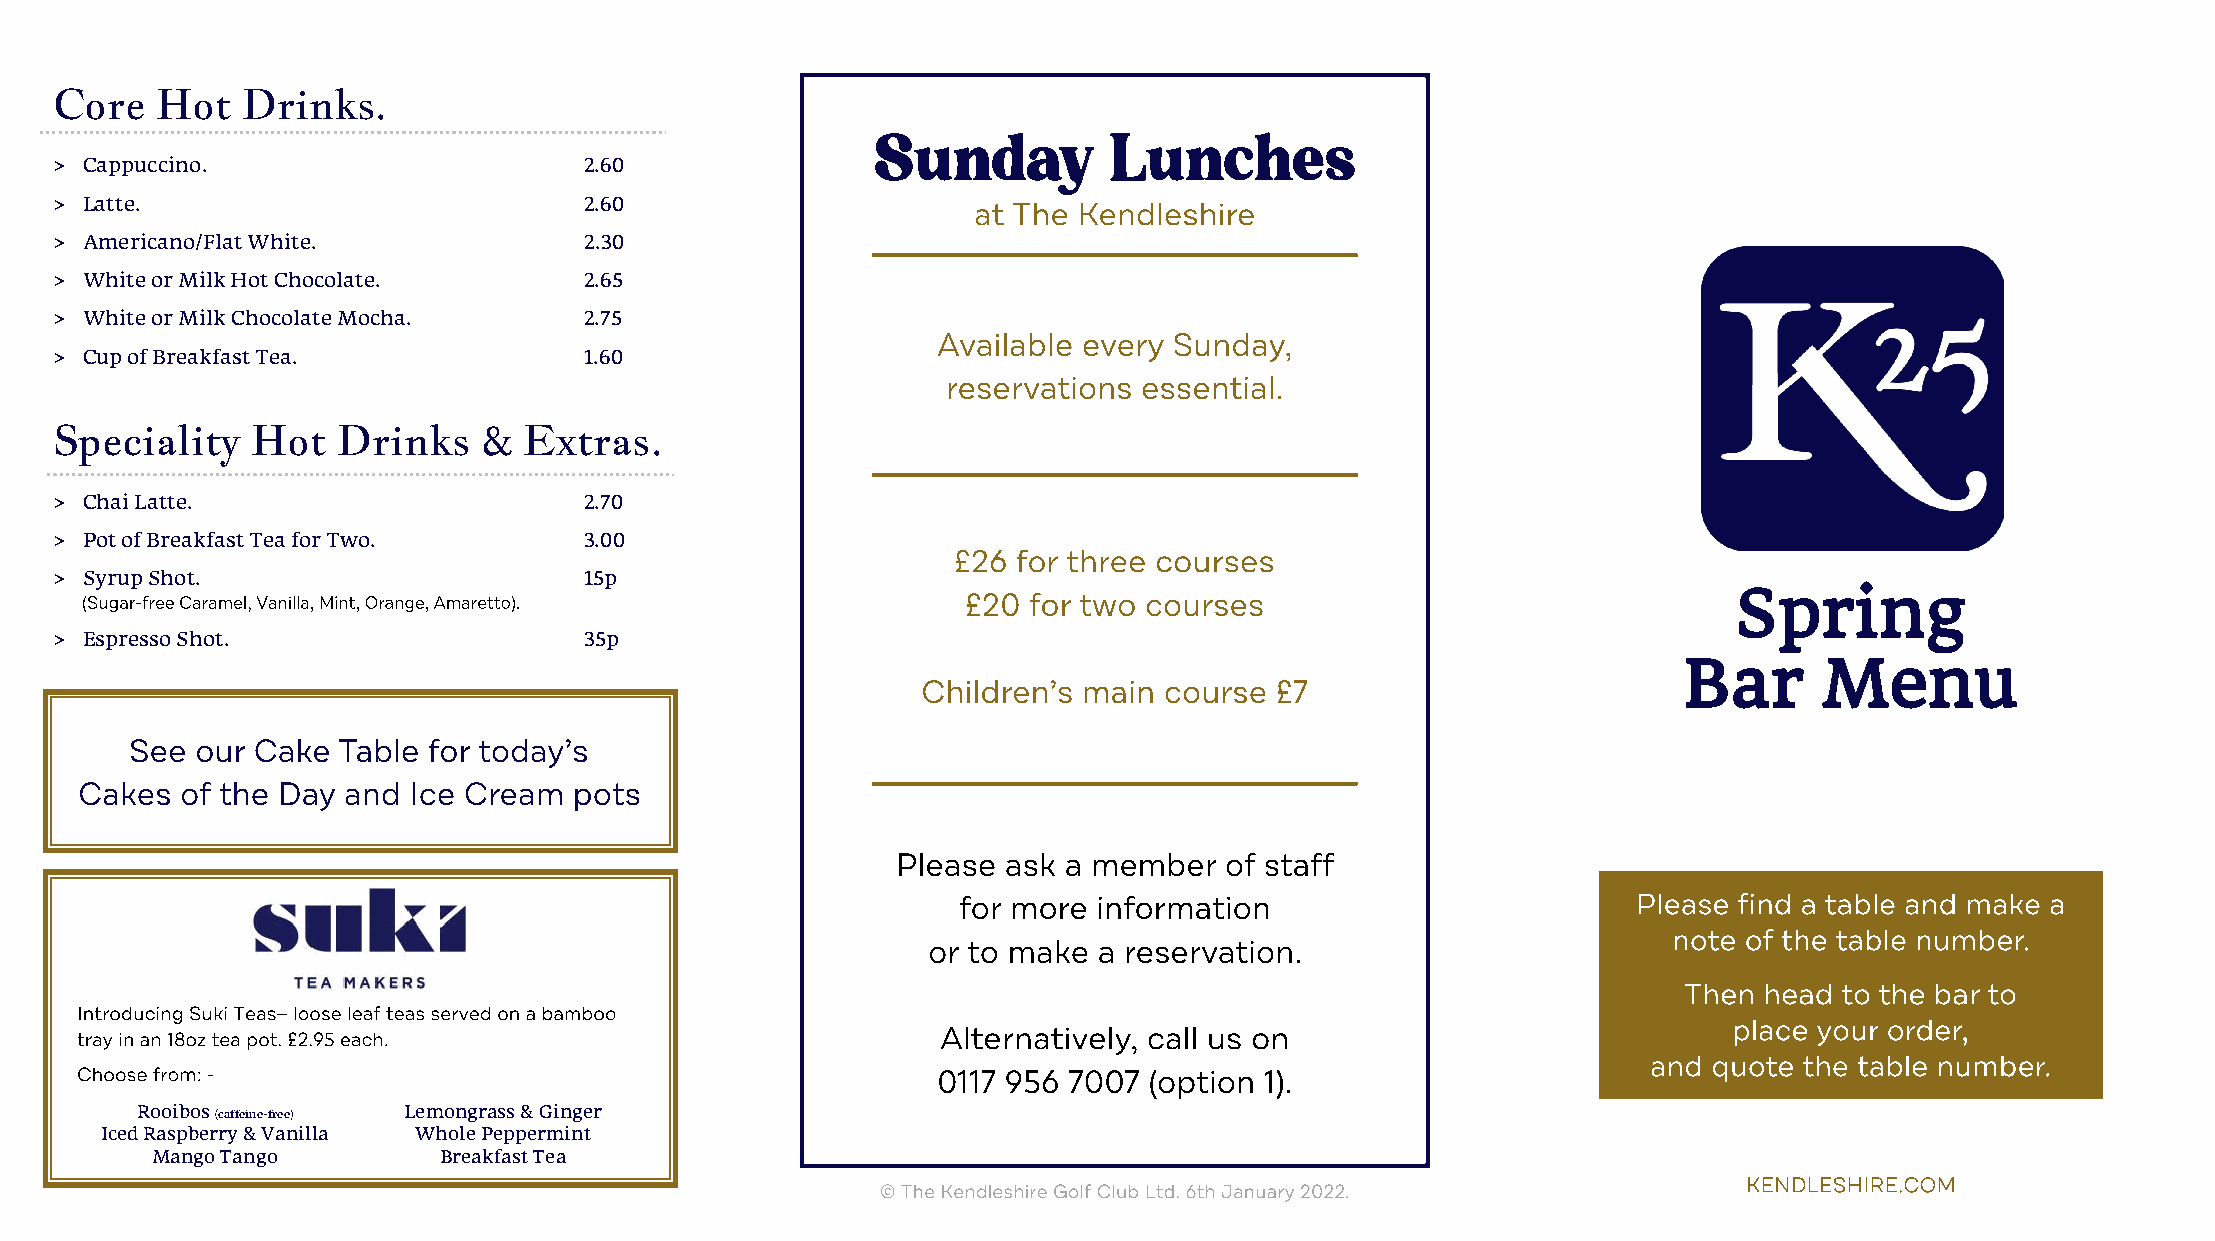
Core  Hot   Drinks.
 > Cappuccino.                      2.60
 > Latte.                           2.60
 > Americano/Flat White.            2.30
 > White or Milk Hot Chocolate.     2.65
 > White or Milk Chocolate Mocha.   2.75
 > Cup of Breakfast Tea.            1.60
 Speciality   Hot  Drinks    &  Extras.
 > Chai Latte.                      2.70
 > Pot of Breakfast Tea for Two.    3.00
 > Syrup Shot.                      15p
 Spring
 > Espresso Shot.                   35p
 Bar       Menu
 Rooibos           Lemongrass & Ginger
 (caffeine-free)
 Iced Raspberry & Vanilla Whole Peppermint
 Mango Tango        Breakfast Tea